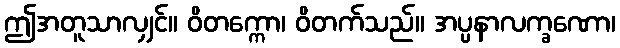
ဤအတူသာလျှင်။ ဝိတက္ကော၊ ဝိတက်သည်။ အပ္ပနာလက္ခဏော၊